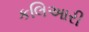
કલિઆરી